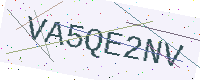
Text: VA5QE2NV